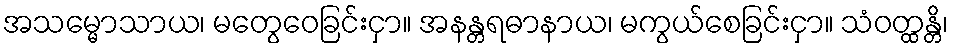
အသမ္မောသာယ၊ မတွေဝေခြင်းငှာ။ အနန္တရဓာနာယ၊ မကွယ်စေခြင်းငှာ။ သံဝတ္ထန္တိ၊